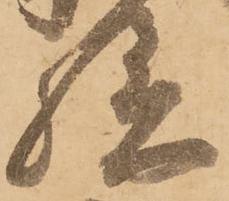
勝